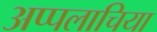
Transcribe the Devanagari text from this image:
अप्पलाचिया